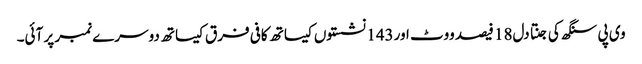
وی پی سنگھ کی جنتا دل18 فیصد ووٹ اور143 نشستوں کیساتھ کافی فرق کیساتھ دوسرے نمبر پر آئی۔